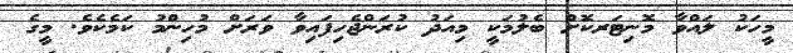
މީހަކު ލައްވާ މޮނިޓަރކޮށް ބެލުމަކީ މިއަދު ކުރަންޖެހިފައިވާ ވަރަށް މުހިންމު ކަމެކެވެ. މީގެ